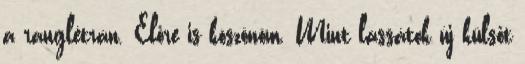
a ranglétrán. Előre is köszönöm. Mint lássátok új külsőt